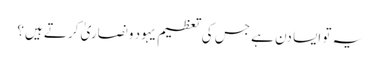
یہ تو ایسا دن ہے جس کی تعظیم یہود ونصاریٰ کرتے ہیں؟